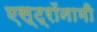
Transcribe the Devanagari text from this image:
एस्‍ट्रॉनामी